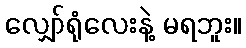
လျှော်ရုံလေးနဲ့ မရဘူး။